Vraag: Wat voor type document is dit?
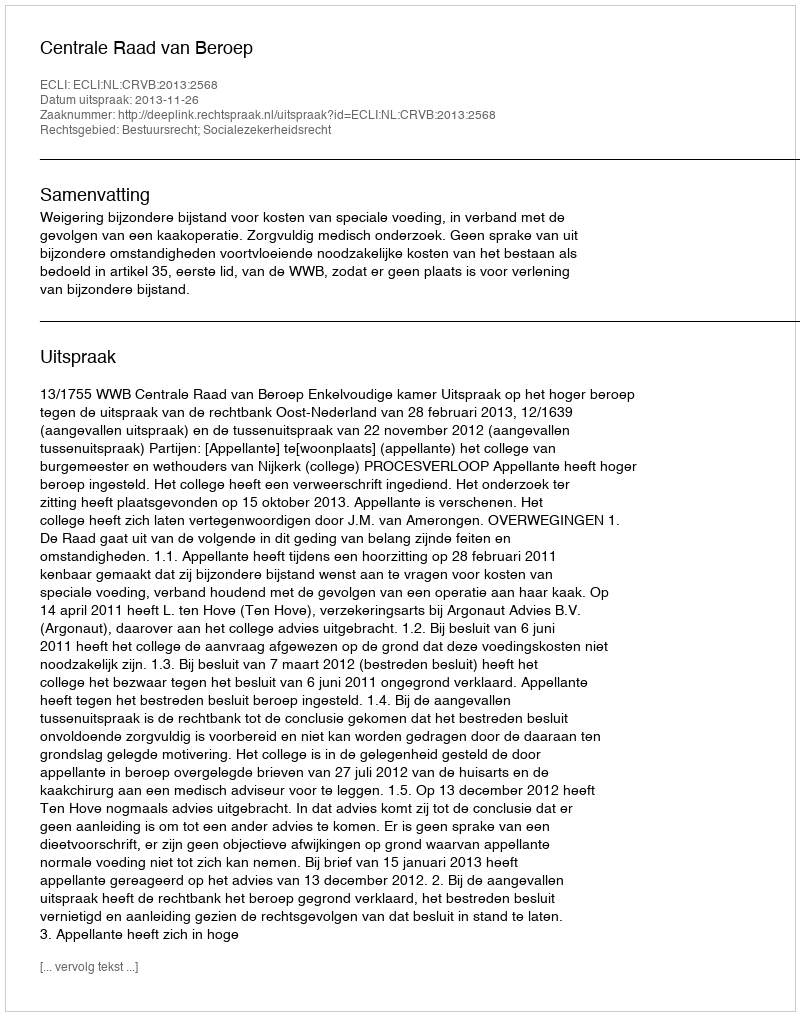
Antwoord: Uitspraak